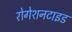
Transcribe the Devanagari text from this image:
रोगेशनटाइड